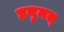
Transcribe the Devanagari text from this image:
हनुमत्